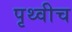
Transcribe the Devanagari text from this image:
पृथ्वीच